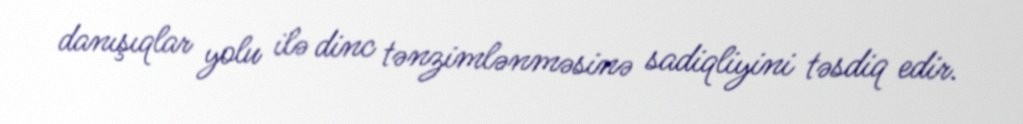
danışıqlar yolu ilə dinc tənzimlənməsinə sadiqliyini təsdiq edir.